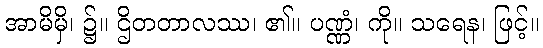
အာမိမှိ၊ ၌။ ဌိတတာလဿ၊ ၏။ ပဏ္ဏံ၊ ကို။ သရေန၊ ဖြင့်။